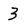
Character: 3